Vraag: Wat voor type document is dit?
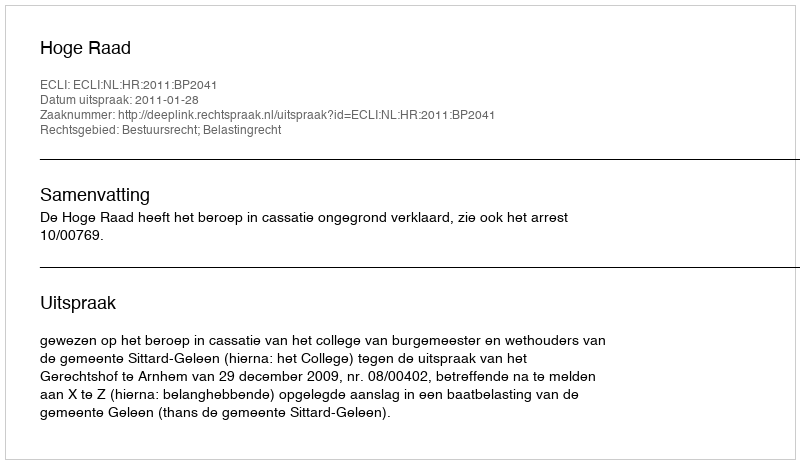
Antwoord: Uitspraak